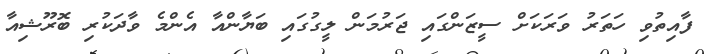
ފާއިތުވި ހަތަރު ވަރަކަށް ސީޒަންގައި ޖަރުމަން ލީގުގައި ބަޔާންއާ އެންމެ ވާދަކުރި ބޮރޫޝިއާ